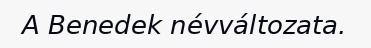
A Benedek névváltozata.